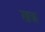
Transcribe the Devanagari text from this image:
खक